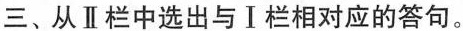
三、从Ⅱ栏中选出与Ⅰ栏相对应的答句。